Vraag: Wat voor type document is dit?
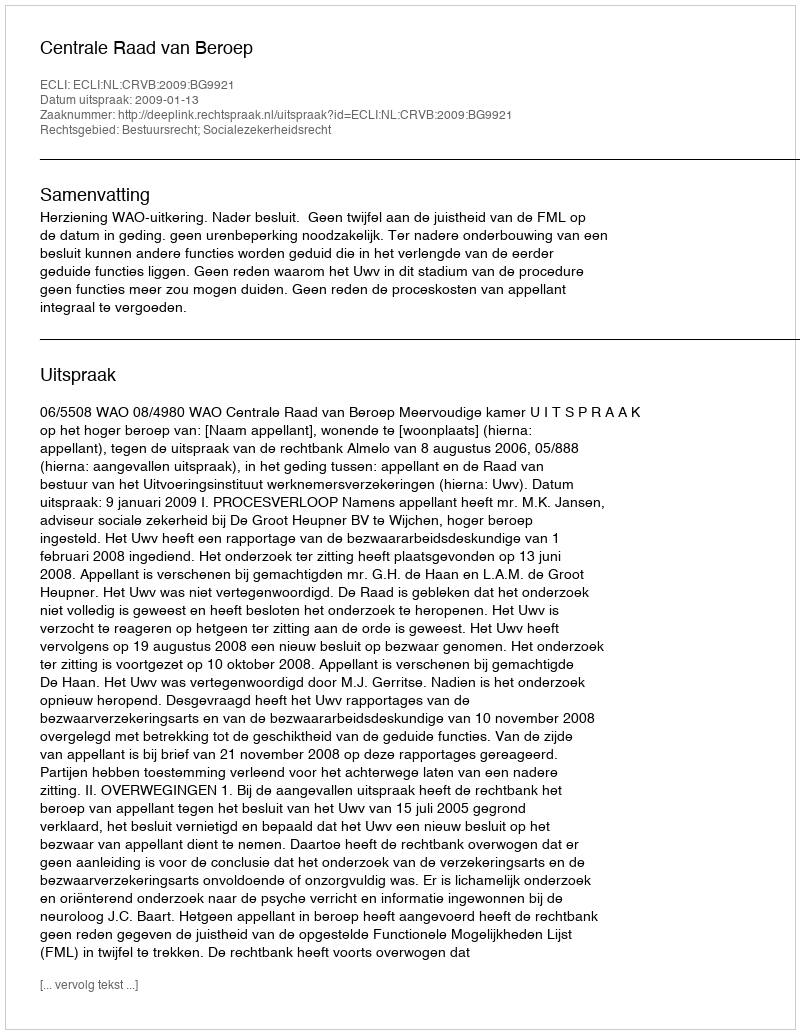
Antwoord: Uitspraak